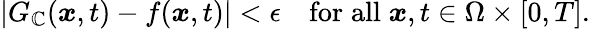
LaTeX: |G_{\mathbb{C}}(\boldsymbol{x},t)-f(\boldsymbol{x},t)|<\epsilon\quad\mathrm{{for}}\; \mathrm{{all}}\; \boldsymbol{x},t\in\Omega\times[0,T].